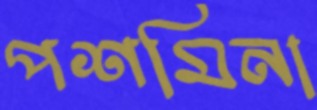
পশমিনা